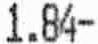
1.84-